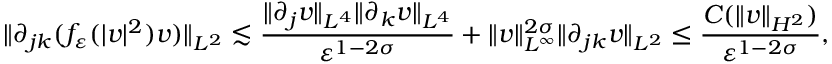
\| \partial _ { j k } ( f _ { \varepsilon } ( | v | ^ { 2 } ) v ) \| _ { L ^ { 2 } } \lesssim \frac { \| \partial _ { j } v \| _ { L ^ { 4 } } \| \partial _ { k } v \| _ { L ^ { 4 } } } { \varepsilon ^ { 1 - 2 \sigma } } + \| v \| _ { L ^ { \infty } } ^ { 2 \sigma } \| \partial _ { j k } v \| _ { L ^ { 2 } } \leq \frac { C ( \| v \| _ { H ^ { 2 } } ) } { \varepsilon ^ { 1 - 2 \sigma } } ,